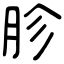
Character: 胗